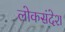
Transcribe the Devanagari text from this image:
लोकसंदेश